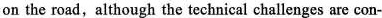
on the road,although the technical challenges are con-